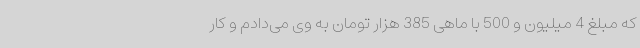
که مبلغ 4 میلیون و 500 با ماهی 385 هزار تومان به وی می‌دادم و کار